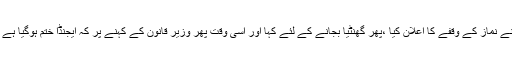
اس سے پہلے سپیکر نے نماز کے وقفے کا اعلان کیا ،پھر گھنٹیا بجانے کے لئے کہا اور اسی وقت پھر وزیر قانون کے کہنے پر کہ ایجنڈا ختم ہوگیا ہے اجلاس ہی ختم کردیں۔